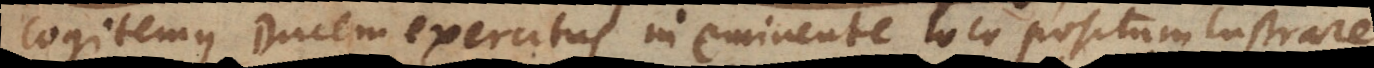
Cogitemus Ducem exercitus in eminente loco positum lustrare